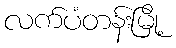
လက်ပံတန်းမြို့